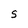
Character: S